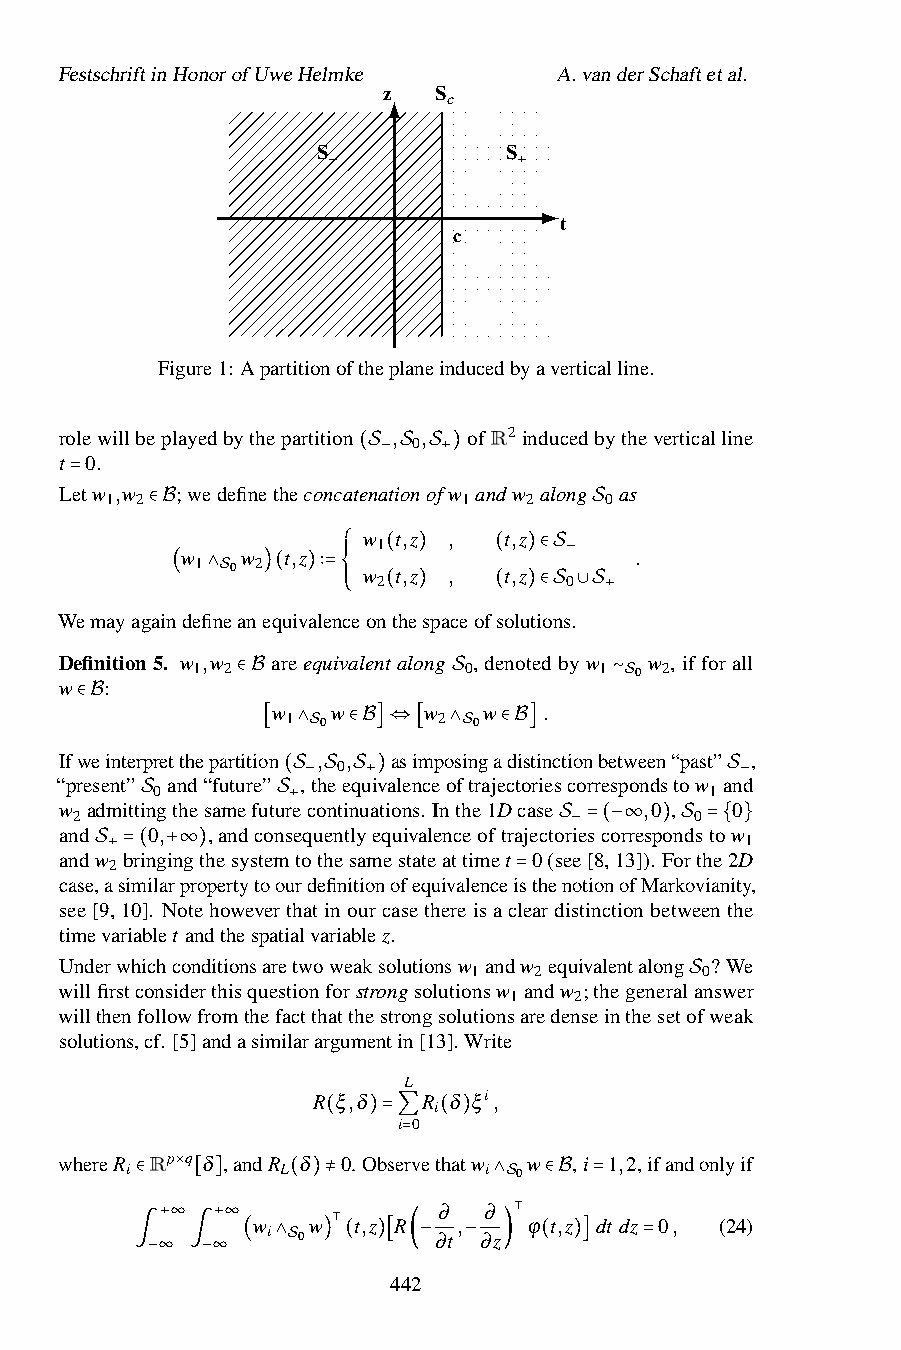
FestschriftinHonorofUweHelmke    A.vanderSchaftetal.
 z   S c
 S           S
 −           +
 t
 c
 Figure1: Apartitionoftheplaneinducedbyaverticalline.
 rolewillbeplayedbythepartition , , ofR2 inducedbytheverticalline
 0
 t 0.
 (S− S S+)
 Letw ,w ;wedefinetheconcatenationofw andw along as
 1 2                     1   2    0
 =
 ∈B            w 1 t,z , t,z  S
 w   w  t,z                    .
 1 0 2    ⎧ ⎪⎪ w 2(t,z ) , (t,z )∈S−0
 (  ∧S )( )∶=⎨
 Wemayagaindefineanequivalen⎪⎪ceon(the)spaceof(solu)ti∈onSs.∪S+
 ⎩
 Definition5. w ,w areequivalentalong , denotedbyw w , ifforall
 1 2               0        1 0 2
 w  :
 ∈B w  w     w S w   .    ∼S
 1 0       2 0
 ∈B
 Ifweinterpretthepartitio[n ∧S, ,∈B]⇔asi[mpo∧sSinga∈dBis]tinctionbetween“past” ,
 0
 “present” and“future” ,theequivalenceoftrajectoriescorrespondstow and
 0                                    1
 w admittingthesamefutu(rSe− coSntinSu+ a)tions. Inthe1Dcase ,0 , S0−
 2                                        0
 and  S0,  ,andconSs+ equentlyequivalenceoftrajectoriescorrespondstow
 1
 andw bringingthesystemtothesamestateattimet 0(sSe− e=[8(,−1∞3]). )FoSrth=e{2D}
 2
 case,Sa+ s=im(ila+r∞pro)pertytoourdefinitionofequivalenceisthenotionofMarkovianity,
 see[9,10]. Notehoweverthatinourcasethereisac=leardistinctionbetweenthe
 timevariablet andthespatialvariablez.
 Underwhichconditionsaretwoweaksolutionsw andw equivalentalong ? We
 1   2          0
 willfirstconsiderthisquestionforstrongsolutionsw andw ;thegeneralanswer
 1   2
 willthenfollowfromthefactthatthestrongsolutionsaredenseinthesetoSfweak
 solutions,cf. [5]andasimilarargumentin[13]. Write
 L
 R ξ,δ  R δ ξi,
 i
 i 0
 ( )=∑  ( )
 whereR Rp q δ ,andR δ 0. Obse=rvethatw w ,i 1,2,ifandonlyif
 i          L            i 0
 ×
 ∈   [ ]   ( )≠      ∂  ∂∧S ∈B =
 w  w  t,z R  ,    ϕ t,z dt dz 0, (24)
 +∞ +∞  i 0 ⊺      ∂t ∂z ⊺
 ∫−∞ ∫−∞ ( ∧S ) ( )[ 44( 2− − ) ( )] =